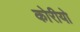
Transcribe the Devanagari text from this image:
कोरीयो